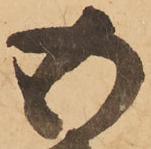
五